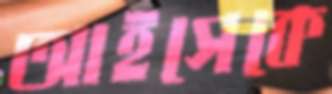
আইসেকে